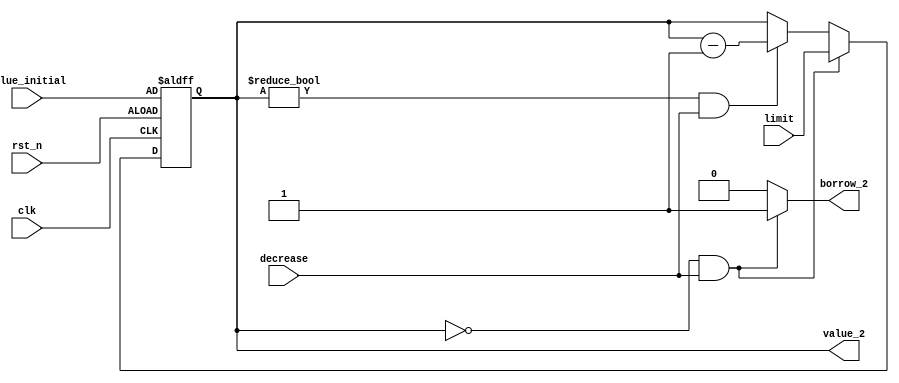
`timescale 1ns / 1ps
//////////////////////////////////////////////////////////////////////////////////
// Company: 
// Engineer: 
// 
// Design Name: 
// Module Name: down_counter_2
// Project Name: 
// Target Devices: 
// Tool Versions: 
// Description: 
// 
// Dependencies: 
// 
// Revision:
// Revision 0.01 - File Created
// Additional Comments:
// 
//////////////////////////////////////////////////////////////////////////////////

module down_counter_2(
    value_2,  //counter output
    value_initial,  //value after reset
    borrow_2, //borrow indicator
    clk,    //global clock
    rst_n,  //active low reset
    decrease,   //counter enable control
    limit   //limit for the counter
);
output [3:0] value_2;
output borrow_2;
input [3:0] value_initial;
input [3:0] limit;
input clk, rst_n, decrease;
reg [3:0] value_2, value_tmp_2;
reg borrow_2;

always @*
    if (value_2 == 4'd0 && decrease)
    begin
        value_tmp_2 = limit;
        borrow_2 = 1;
    end
    else if (value_2 != 4'd0 && decrease)
    begin
        value_tmp_2 = value_2 - 4'd1;
        borrow_2 = 0;
    end
    else
    begin
        value_tmp_2 = value_2;
        borrow_2 = 0;
    end

always @(posedge clk or negedge rst_n)
    if (~rst_n)
        value_2 <= value_initial;
    else
        value_2 <= value_tmp_2;
 
endmodule